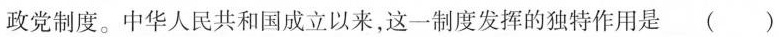
政党制度。中华人民共和国成立以来，这一制度发挥的独特作用是()